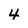
Character: 4